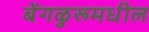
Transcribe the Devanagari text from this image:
बेंगळुरूमधील